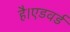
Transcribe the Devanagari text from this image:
है।एडवर्ड